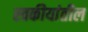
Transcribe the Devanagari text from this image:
स्वकीयांतील